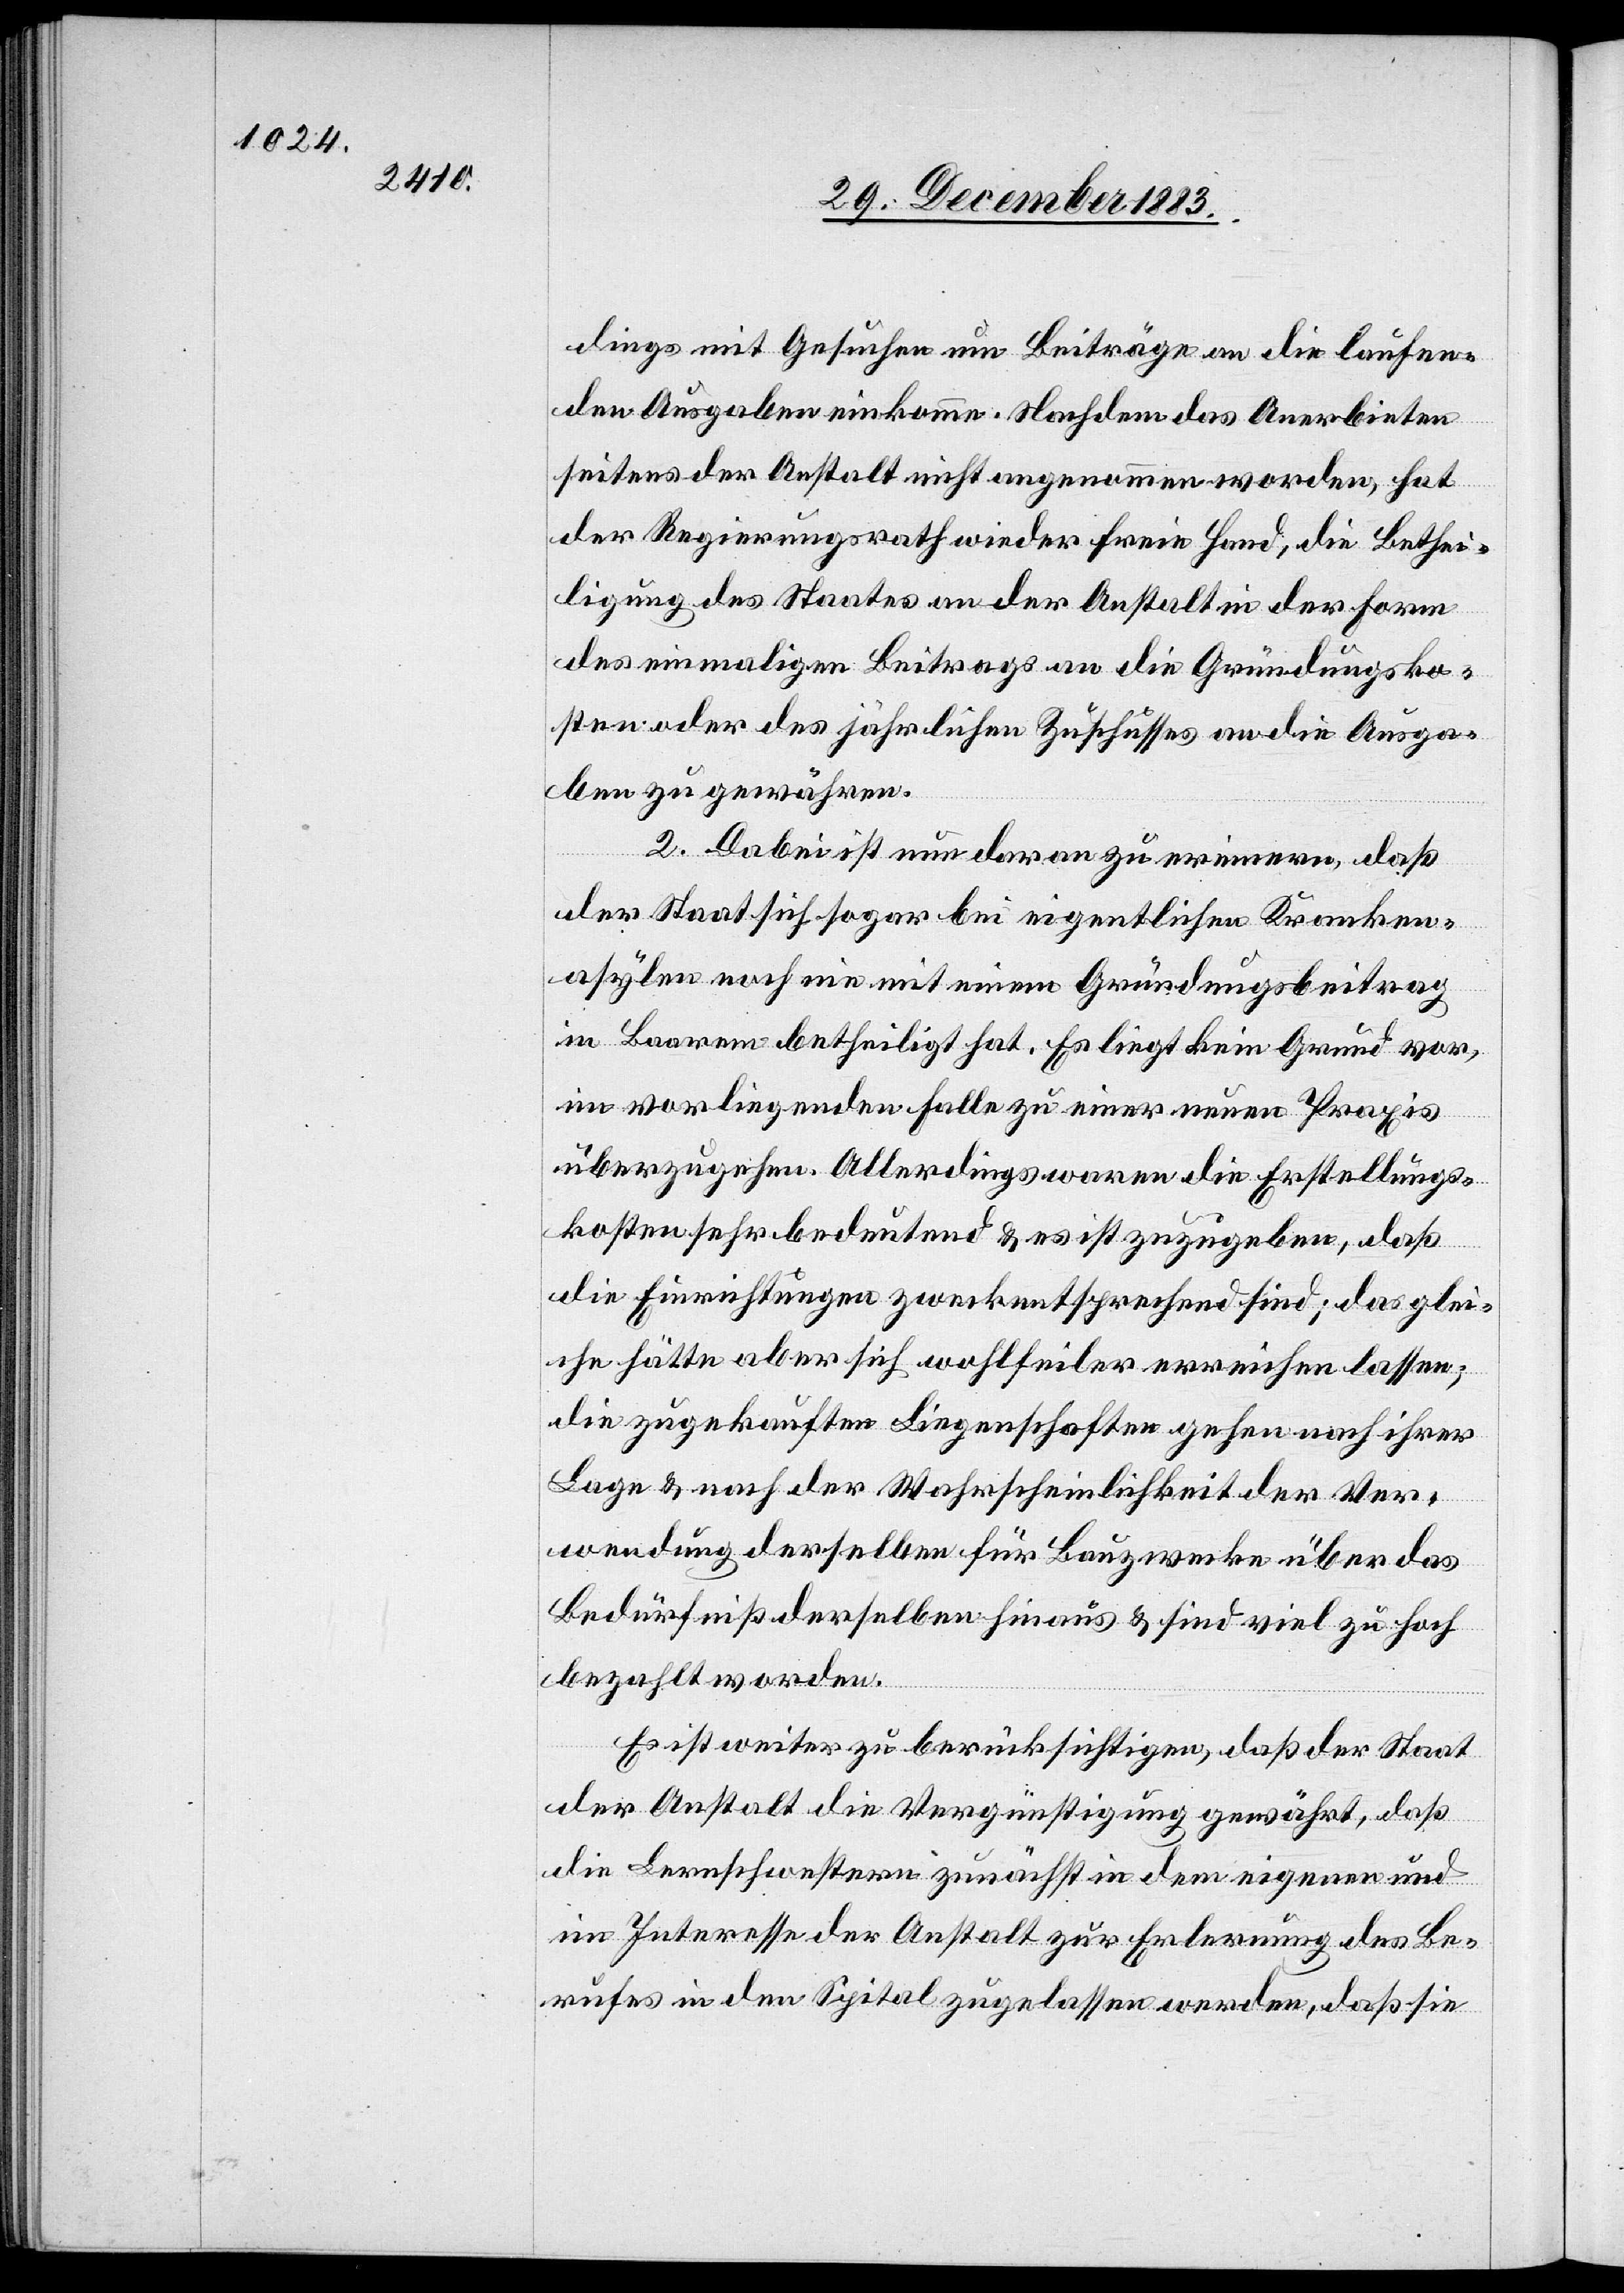
dings mit Gesuchen um Beiträge an die laufen¬
den Ausgaben einkomme. Nachdem das Anerbieten
seitens der Anstalt nicht angenommen worden, hat
der Regierungsrath wieder freie Hand, die Bethei¬
ligung des Staates an der Anstalt in der Form
des einmaligen Beitrags an die Gründungsko¬
sten oder des jährlichen Zuschusses an die Ausga¬
ben zu gewähren.
2. Dabei ist nun daran zu erinnern, daß
der Staat sich sogar bei eigentlichen Kranken¬
asylen noch nie mit einem Gründungsbeitrag
in Baarem betheiligt hat. Es liegt kein Grund vor,
im vorliegenden Falle zu einer neuen Praxis
überzugehen. Allerdings waren die Erstellungs¬
kosten sehr bedeutend & es ist zugegeben, daß
die Einrichtungen zweckentsprechend sind; das glei¬
che hätte aber sich wohlfeiler erreichen lassen;
die zugekauften Liegenschaften gehen nach ihrer
Lage & nach der Wahrscheinlichkeit der Ver¬
wendung derselben für Bauzwecke über das
Bedürfniß derselben hinaus & sind viel zu hoch
bezahlt worden.
Es ist weiter zu berücksichtigen, daß der Staat
der Anstalt die Vergünstigung gewährt, daß
die Lernschwestern zunächst in dem eigenen und
im Interesse der Anstalt zur Erlernung des Be¬
rufes in dem Spital zugelassen werden, daß sie